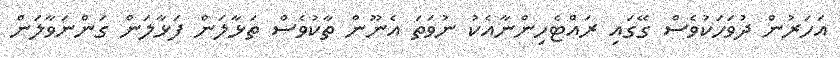
އަހަރުން ދުވަހަކުވެސް ގޭގައި ރައްޓެހިންނާއެކު ނުވަތަ އެނޫން ތާކުވެސް ތަޅާލަން ފަޅާލަން ގަންނަވާލަން